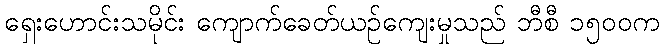
ရှေးဟောင်းသမိုင်း ကျောက်ခေတ်ယဉ်ကျေးမှုသည် ဘီစီ ၁၅၀၀က